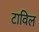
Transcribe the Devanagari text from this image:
टाविल